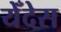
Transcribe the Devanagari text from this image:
येँदेस